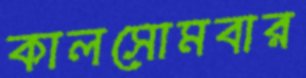
কালসোমবার